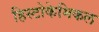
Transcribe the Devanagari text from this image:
हिस्टोकेमिकल